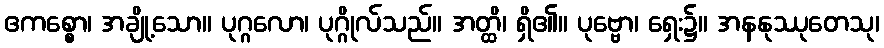
ဧကစ္စော၊ အချို့သော။ ပုဂ္ဂလော၊ ပုဂ္ဂိုလ်သည်။ အတ္ထိ၊ ရှိ၏။ ပုဗ္ဗော၊ ရှေး၌။ အနနုဿုတေသု၊